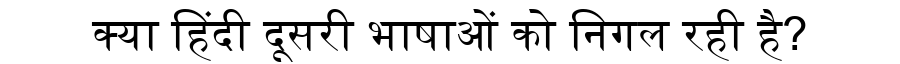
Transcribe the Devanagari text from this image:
क्या हिंदी दूसरी भाषाओं को निगल रही है?